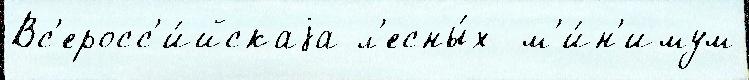
Вс'еросс'и́йскаjа л'есны́х  м'и́н'имум